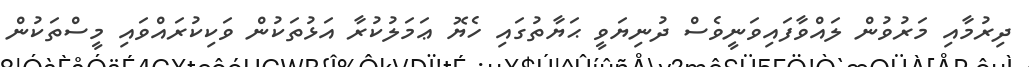
ދިރުމާއި މަރުވުން ލައްވާފައިވަނީވެސް ދުނިޔަވީ ޙަޔާތުގައި ހެޔޮ ޢަމަލުކުރާ އަޅުތަކުން ވަކިކުރައްވައި މީސްތަކުން